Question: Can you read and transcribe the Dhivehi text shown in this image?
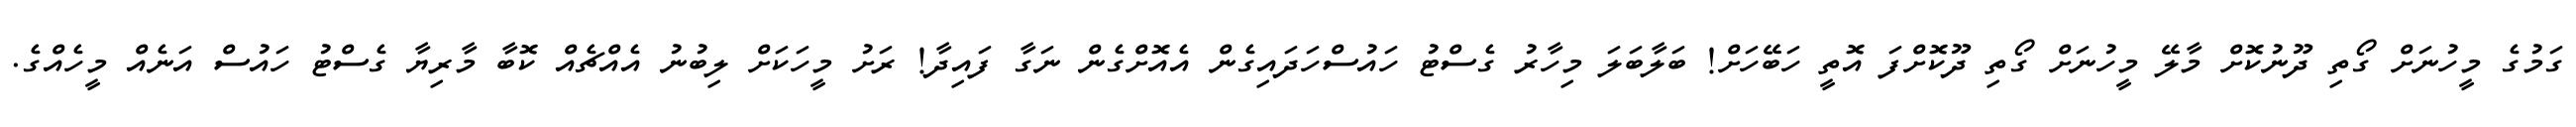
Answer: ގަމުގެ މީހުނަށް ގޯތި ދޫނުކޮށް މާލޭ މީހުނަށް ގޯތި ދޫކޮށްފަ އޮތީ ހަބޭހަށް! ބަލާބަލަ މިހާރު ގެސްޓު ހައުސްހަދައިގެން އެއޮށްގެން ނަގާ ފައިދާ! ރަށު މީހަކަށް ލިބުނު އެއްޗެއް ކޮބާ މާރިޔާ ގެސްޓު ހައުސް އަނެއް މީހެއްގެ.